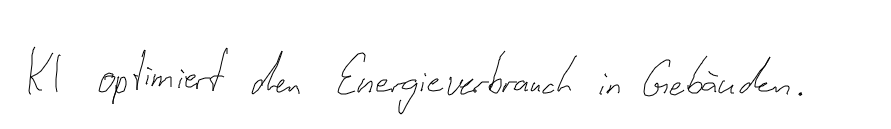
KI optimiert den Energieverbrauch in Gebäuden.